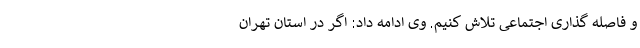
و فاصله گذاری اجتماعی تلاش کنیم. وی ادامه داد: اگر در استان تهران